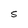
Character: S